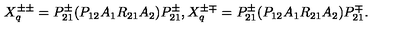
X _ { q } ^ { \pm \pm } = P _ { 2 1 } ^ { \pm } ( P _ { 1 2 } A _ { 1 } R _ { 2 1 } A _ { 2 } ) P _ { 2 1 } ^ { \pm } , X _ { q } ^ { \pm \mp } = P _ { 2 1 } ^ { \pm } ( P _ { 1 2 } A _ { 1 } R _ { 2 1 } A _ { 2 } ) P _ { 2 1 } ^ { \mp } .